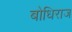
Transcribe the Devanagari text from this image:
बोधिराज